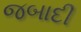
જબાદી